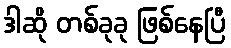
ဒါဆို တစ်ခုခု ဖြစ်နေပြီ